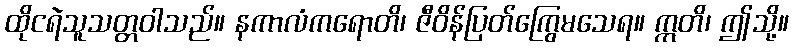
ထိုငရဲသူသတ္တဝါသည်။ နကာလံကရောတိ၊ ဇီဝိန်ပြတ်ကြွေမသေရ။ ဣတိ၊ ဤသို့။